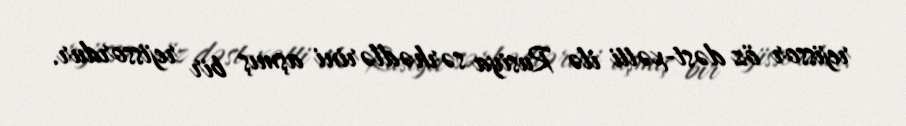
rejissor öz dəst-xətti ilə Rusiya sərhədlərini aşmış bir rejissordur.